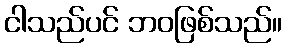
ငါသည်ပင် ဘဝဖြစ်သည်။